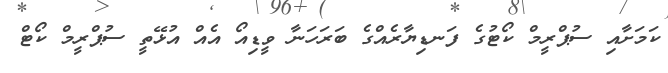
ކަމަށާއި ސުޕްރީމް ކޯޓުގެ ފަނޑިޔާރެއްގެ ބަރަހަނާ ވީޑިއޯ އެއް އުޅޭތީ ސުޕްރީމް ކޯޓް